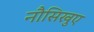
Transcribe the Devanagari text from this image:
नौसिखुए